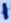
Text: 1